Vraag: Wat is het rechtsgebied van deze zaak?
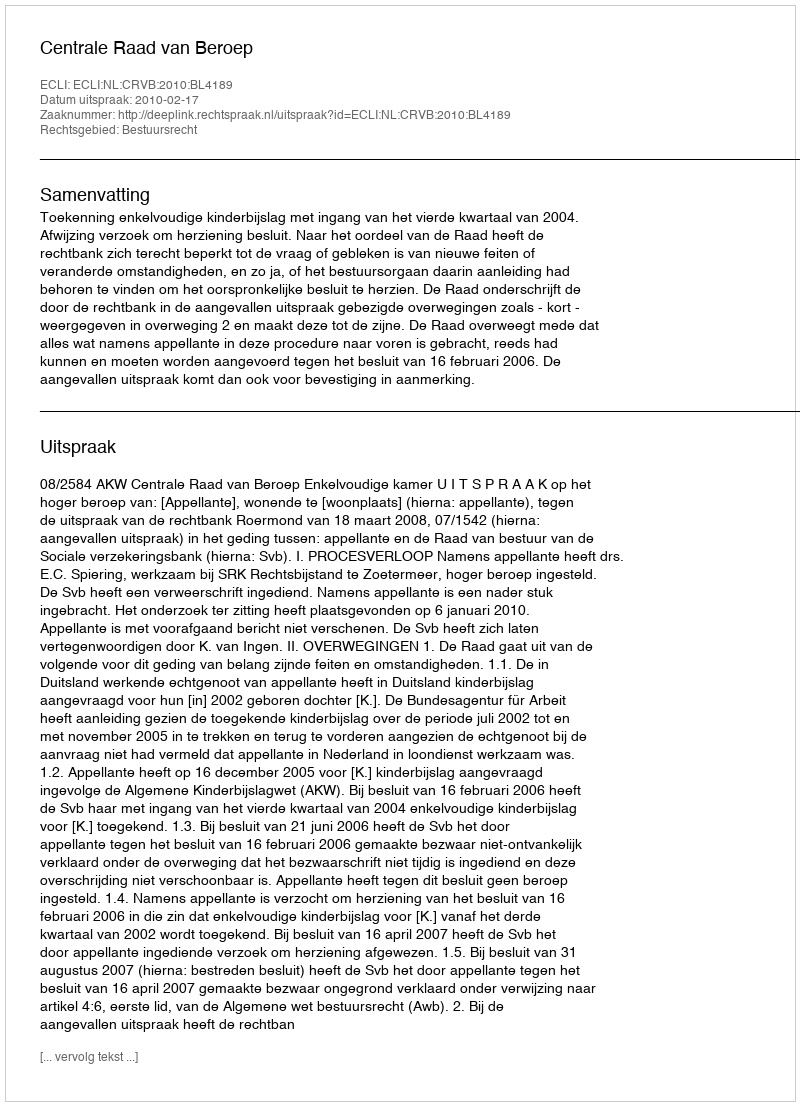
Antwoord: Bestuursrecht